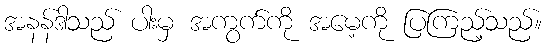
အနန်ဒါသည် ပါးမှ အကွက်ကို အမေ့ကို ပြကြည့်သည်။